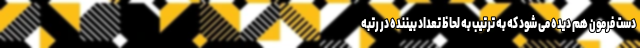
دست فرمون هم دیده می شود که به ترتیب به لحاظ تعداد بیننده در رتبه